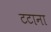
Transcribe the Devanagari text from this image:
टटाना